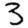
Digit: 3